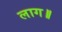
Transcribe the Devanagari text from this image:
लाग॥